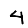
Digit: 4